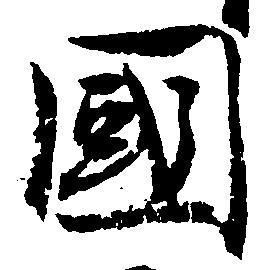
国